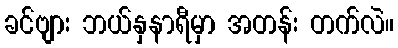
ခင်ဗျား ဘယ်နှနာရီမှာ အတန်း တက်လဲ။